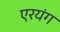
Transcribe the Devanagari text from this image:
एरयंग